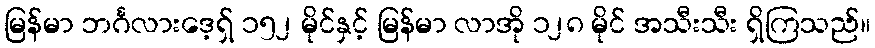
မြန်မာ ဘင်္ဂလားဒေ့ရှ် ၁၅၂ မိုင်နှင့် မြန်မာ လာအို ၁၂၈ မိုင် အသီးသီး ရှိကြသည်။